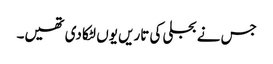
جس نے بجلی کی تاریں یوں لٹکا دی تھیں۔